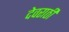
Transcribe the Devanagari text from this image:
देवराठी